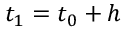
t _ { 1 } = t _ { 0 } + h